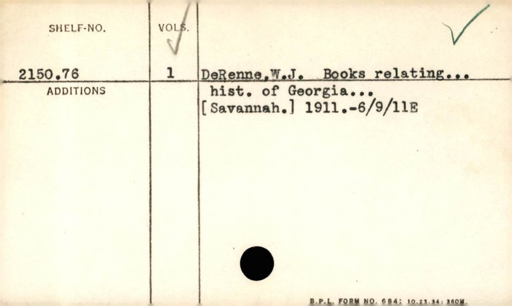
Label: content